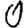
Digit: 0